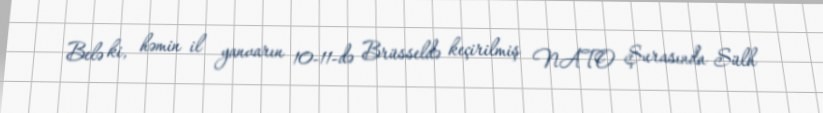
Belə ki, həmin il yanvarın 10-11-də Brüsseldə keçirilmiş NATO Şurasında Sülh